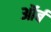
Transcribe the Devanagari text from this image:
ऑर्ब